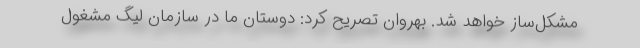
مشکل‌ساز خواهد شد. بهروان تصریح کرد: دوستان ما در سازمان لیگ مشغول